Mental hospitals Bombay report 1921-28 - 1921-1928
Year: 1921
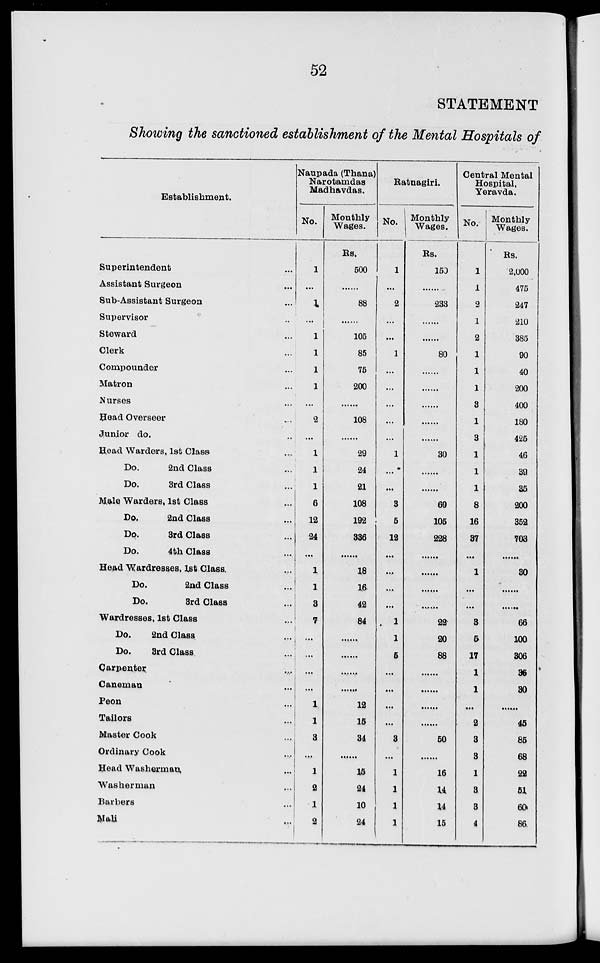
52
STATEMENT
Showing the sanctioned establishment of the Mental Hospitals of
Establishment.
Superintendent ...
Assistant Surgeon ...
Sub-Assistant Surgeon ...
Supervisor ...
Steward ...
Clerk ...
Compounder ...
Matron ...
Nurses ...
Head Overseer ...
Junior do. ...
Head Warders, 1st Class ...
Do.
2nd Class ...
Do.
3rd Class ...
Male Warders, 1st Class ...
Do.
2nd Class ...
Do.
3rd Class ...
Do.
4th Class ...
Head Wardresses, 1st Class ...
Do.
2nd Class ...
Do.
3rd Class ...
Wardresses, 1st Class ...
Do.
2nd Class ...
Do.
3rd Class ...
Carpenter ...
Caneman ...
Peon ...
Tailors ...
Master Cook ...
Ordinary Cook ...
Head Washerman ...
Washerman ...
Barbers ...
Mali ...
Naupada (Thana)
Narotamdas
Madhavdas.
No.
1
...
1
...
1
1
1
1
...
2
...
1
1
1
6
12
24
...
1
1
3
7
...
...
...
...
1
1
3
...
1
2
1
2
Monthly
Wages.
Rs.
500
......
88
......
105
85
75
200
......
108
......
29
24
21
108
192
336
......
18
16
42
84
......
......
......
......
12
15
34
......
15
24
10
24
Ratnagiri.
No.
1
...
2
...
...
1
...
...
...
...
...
1
...
...
3
5
12
...
...
...
...
1
1
5
...
...
...
...
3
...
1
1
1
1
Monthly
Wages.
Rs.
150
......
233
......
......
80
......
......
......
......
......
30
......
......
69
105
228
......
......
......
......
22
20
88
......
......
......
......
50
......
16
14
14
15
Central Mental
Hospital,
Yeravda.
No.
1
1
2
1
2
1
1
1
3
1
3
1
1
1
8
16
37
...
1
...
...
3
5
17
1
1
...
2
3
3
1
3
3
4
Monthly
Wages.
Rs.
2,000
475
247
210
385
90
40
200
400
180
425
46
39
35
200
352
703
......
30
......
......
66
100
306
35
30
......
45
85
68
22
51
60
86